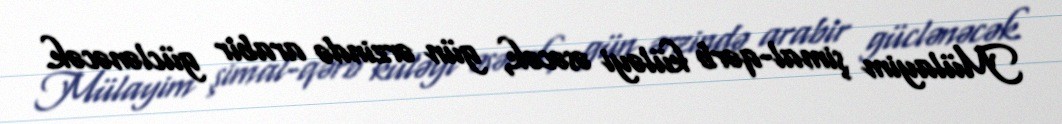
Mülayim şimal-qərb küləyi əsəcək, gün ərzində arabir güclənəcək.